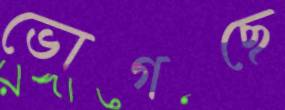
ভোগছে